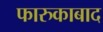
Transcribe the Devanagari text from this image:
फारुकाबाद